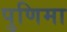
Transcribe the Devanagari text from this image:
पुणिमा